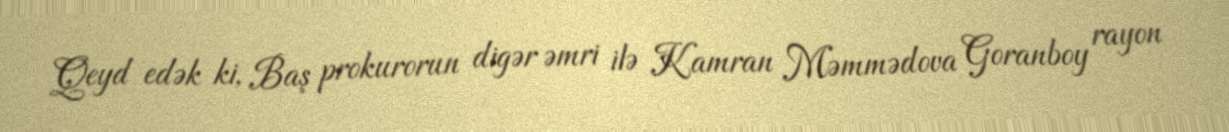
Qeyd edək ki, Baş prokurorun digər əmri ilə Kamran Məmmədova Goranboy rayon